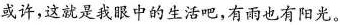
或许，这就是我眼中的生活吧，有雨也有阳光。